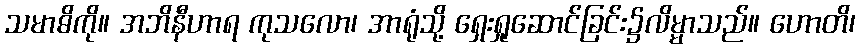
သမာဓိကို။ အဘိနီဟာရ ကုသလော၊ အာရုံသို့ ရှေးရှုဆောင်ခြင်း၌လိမ္မာသည်။ ဟောတိ၊